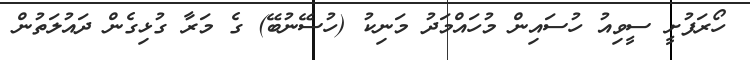
ހޯރަފުށީ ސީވިއު ހުސައިން މުހައްމަދު މަނިކު (ހުސޭނުބޭ) ގެ މަރާ ގުޅިގެން ދައުލަތުން